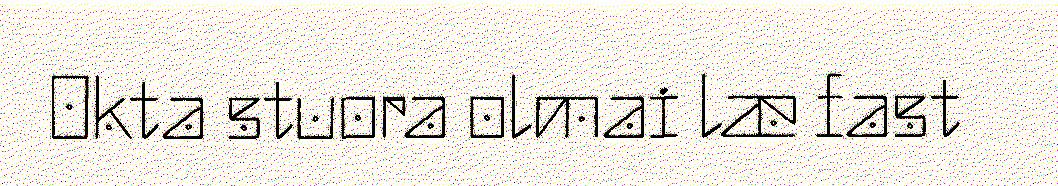
Okta stuora olmai læ fast